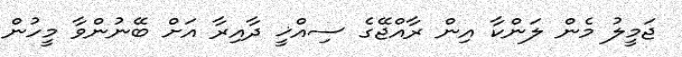
ޖަމީލު މެން ލަންކާ އިން ރާއްޖޭގެ ސިއްޚީ ދާއިރާ އަށް ބޭނުންވާ މީހުން